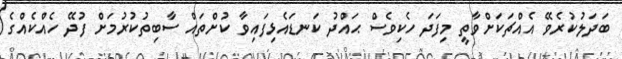
ބަދަލުކުރެވޭ އެއްޗަކަށްވާތީ މިފަދަ ހެކިވެސް ޙައްދު ކަނޑައެޅިފައިވާ ކުށްތައް ސާބިތުކުރުމަށް ފުދޭ ހެއްކެއްގެ